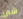
شئ